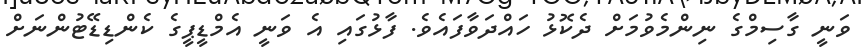
ވަނީ ގާސިމްގެ ނިންމެވުމަށް ދެކޮޅު ހައްދަވާފައެވެ. ފާޅުގައި އެ ވަނީ އެމްޑީޕީގެ ކެންޑިޑޭޓުންނަށް